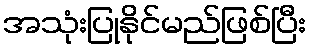
အသုံးပြုနိုင်မည်ဖြစ်ပြီး